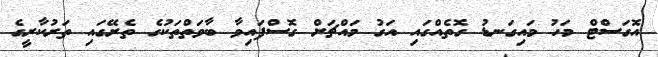
އޮގަސްޓް މަހު މައިގަނޑު ގޮތެއްގައި އަގު މައްޗަށް ގޮސްފައިވާ ބާވަތްތަކުގެ ތެރޭގައި ތަރުކާރީގެ